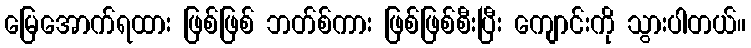
မြေအောက်ရထား ဖြစ်ဖြစ် ဘတ်စ်ကား ဖြစ်ဖြစ်စီးပြီး ကျောင်းကို သွားပါတယ်။